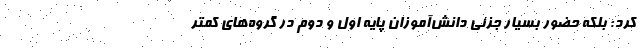
کرد: بلکه حضور بسیار جزئی دانش‌آموزان پایه اول و دوم در گروه‌های کمتر